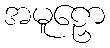
အမူဠှော